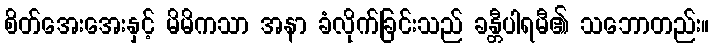
စိတ်အေးအေးနှင့် မိမိကသာ အနာ ခံလိုက်ခြင်းသည် ခန္တီပါရမီ၏ သဘောတည်း။